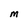
Character: M